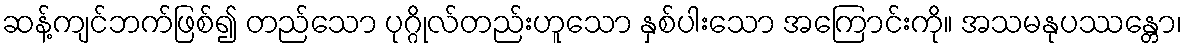
ဆန့်ကျင်ဘက်ဖြစ်၍ တည်သော ပုဂ္ဂိုလ်တည်းဟူသော နှစ်ပါးသော အကြောင်းကို။ အသမနုပဿန္တော၊